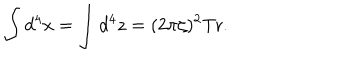
LaTeX: \int d ^ { 4 } x = \int d ^ { 4 } z = ( 2 \pi \zeta ) ^ { 2 } \mathrm { T r } .